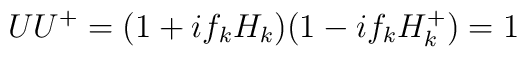
UU^{+}=(1+if_kH_k)(1-if_kH_k^{+})=1